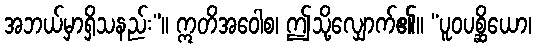
အဘယ်မှာရှိသနည်း”။ ဣတိအဝေါစ၊ ဤသို့လျှောက်၏။ “ပူဝပစ္ဆိယော၊